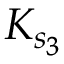
K _ { s _ { 3 } }